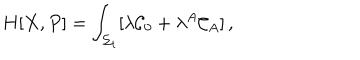
H [ X , P ] = \int _ { \Sigma _ { t } } [ \lambda { \cal C } _ { 0 } + \lambda ^ { A } { \cal C } _ { A } ] \, ,